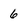
Character: 6